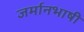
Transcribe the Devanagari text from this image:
जर्मानभाषी